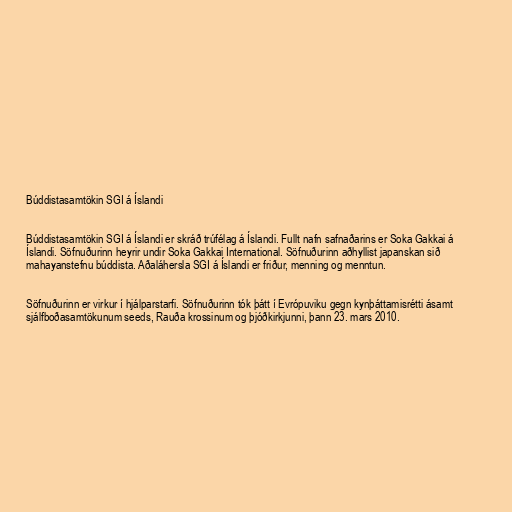
Búddistasamtökin SGI á Íslandi

Búddistasamtökin SGI á Íslandi er skráð trúfélag á Íslandi. Fullt nafn safnaðarins er Soka Gakkai á
Íslandi. Söfnuðurinn heyrir undir Soka Gakkai International. Söfnuðurinn aðhyllist japanskan sið
mahayanstefnu búddista. Aðaláhersla SGI á Íslandi er friður, menning og menntun.

Söfnuðurinn er virkur í hjálparstarfi. Söfnuðurinn tók þátt í Evrópuviku gegn kynþáttamisrétti ásamt
sjálfboðasamtökunum seeds, Rauða krossinum og þjóðkirkjunni, þann 23. mars 2010.